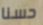
حسنا